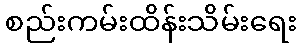
စည်းကမ်းထိန်းသိမ်းရေး